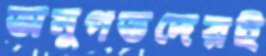
অনুগতদেরই